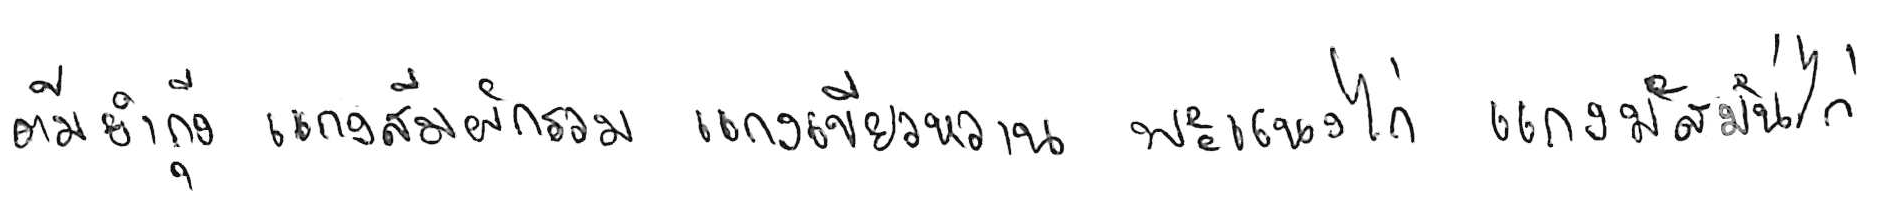
ต้มยำกุ้ง แกงส้มผักรวม แกงเขียวหวาน พะแนงไก่ แกงมัสมั่นไก่